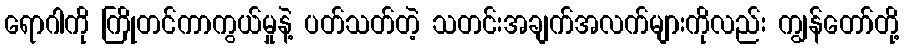
ရောဂါကို ကြိုတင်ကာကွယ်မှုနဲ့ ပတ်သတ်တဲ့ သတင်းအချက်အလက်များကိုလည်း ကျွန်တော်တို့